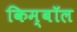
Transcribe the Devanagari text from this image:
किम्बॉल